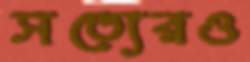
সত্যেরও